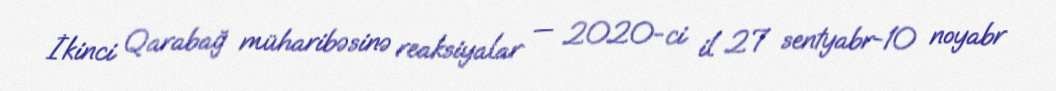
İkinci Qarabağ müharibəsinə reaksiyalar — 2020-ci il 27 sentyabr-10 noyabr